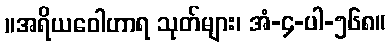
။အရိယဝေါဟာရ သုတ်များ၊ အံ-၄-ပါ-၅၆၈။